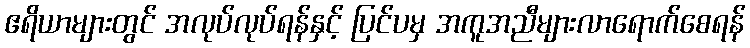
ဧရိယာများတွင် အလုပ်လုပ်ရန်နှင့် ပြင်ပမှ အကူအညီများလာရောက်စေရန်